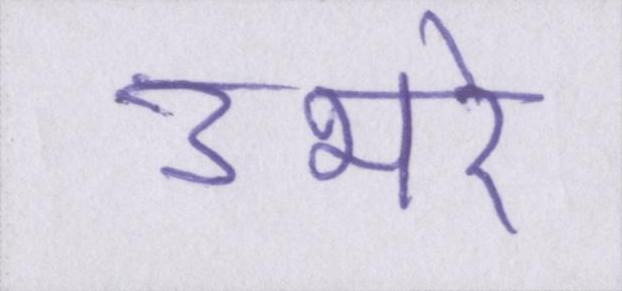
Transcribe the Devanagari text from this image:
उभरे